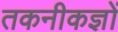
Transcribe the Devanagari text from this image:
तकनीकज्ञों